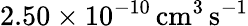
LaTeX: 2.50\times 10^{-10}\, \mathrm{cm^{3}\, s^{-1}}